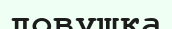
ловушка